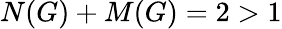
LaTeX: N(G)+M(G)=2>1